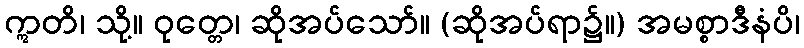
ဣတိ၊ သို့။ ဝုတ္တေ၊ ဆိုအပ်သော်။ (ဆိုအပ်ရာ၌။) အမစ္စာဒီနံပိ၊